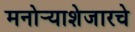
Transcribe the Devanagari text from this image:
मनोर्‍याशेजारचे